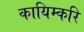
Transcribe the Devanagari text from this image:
कायिम्करि